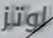
لوتز